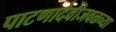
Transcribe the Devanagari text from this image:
पाटणादेवीजवळच्या